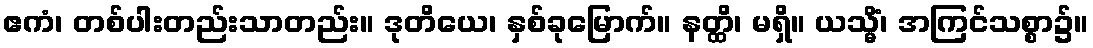
ဧကံ၊ တစ်ပါးတည်းသာတည်း။ ဒုတိယေ၊ နှစ်ခုမြောက်။ နတ္ထိ၊ မရှိ။ ယသ္မိံ၊ အကြင်သစ္စာ၌။